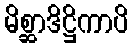
မိစ္ဆာဒိဋ္ဌိကာပိ